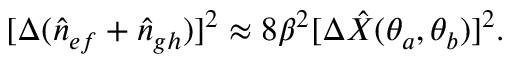
[ \Delta ( \hat { n } _ { e f } + \hat { n } _ { g h } ) ] ^ { 2 } \approx 8 \beta ^ { 2 } [ \Delta \hat { X } ( \theta _ { a } , \theta _ { b } ) ] ^ { 2 } .